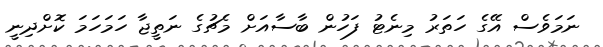
ނަމަވެސް އޭގެ ހަތަރު މިނެޓު ފަހުން ބާސާއަށް މެޗުގެ ނަތީޖާ ހަމަހަމަ ކޮށްދިނީ